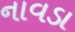
નાવડા